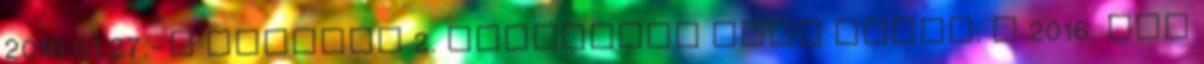
2016.01.27.-i ülésére 2. napirendi pont Tárgy: A 2016. évi